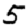
Digit: 5